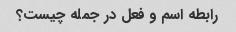
رابطه اسم و فعل در جمله چیست؟